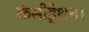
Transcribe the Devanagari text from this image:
कंसीड्रेशन।